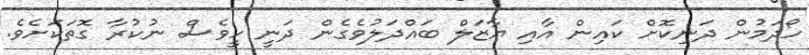
ހޯދަމުން ދަނިކޮށް ކައިން އާއި ޔާޒަލް ބައްދަލުވެގެން ދަނީ ހީވެސް ނުކުރާ ގޮތަކަށެވެ.